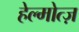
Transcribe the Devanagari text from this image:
हेल्मोत्ज़